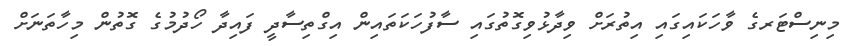
މިނިސްޓަރގެ ވާހަކައިގައި އިތުރަށް ވިދާޅުވިގޮތުގައި ސާފުހަކަތައިން އިގްތިސާދީ ފައިދާ ހޯދުމުގެ ގޮތުން މިހާތަނަށް